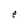
Character: e